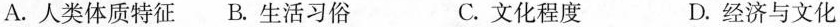
A.人类体质特征B.生活习俗 C.文化程度 D.经济与文化